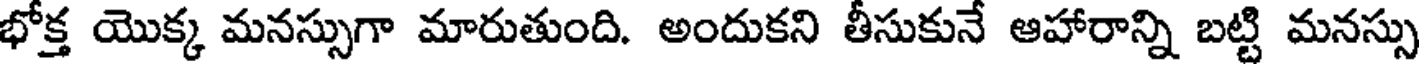
భోక్త యొక్క మనస్సుగా మారుతుంది. అందుకని తీసుకునే ఆహారాన్ని బట్టి మనస్సు